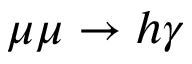
\mu \mu \to h \gamma